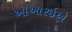
ઓઆરઇએ